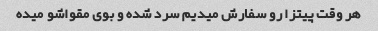
هر وقت پیتزا رو سفارش میدیم سرد شده و بوی مقواشو میده